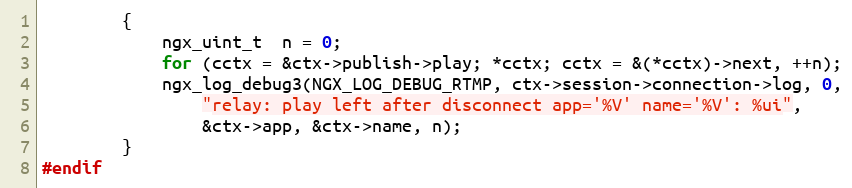
Language: C
        {
            ngx_uint_t  n = 0;
            for (cctx = &ctx->publish->play; *cctx; cctx = &(*cctx)->next, ++n);
            ngx_log_debug3(NGX_LOG_DEBUG_RTMP, ctx->session->connection->log, 0,
                "relay: play left after disconnect app='%V' name='%V': %ui",
                &ctx->app, &ctx->name, n);
        }
#endif